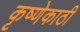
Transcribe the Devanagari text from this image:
कृष्णेकाठी